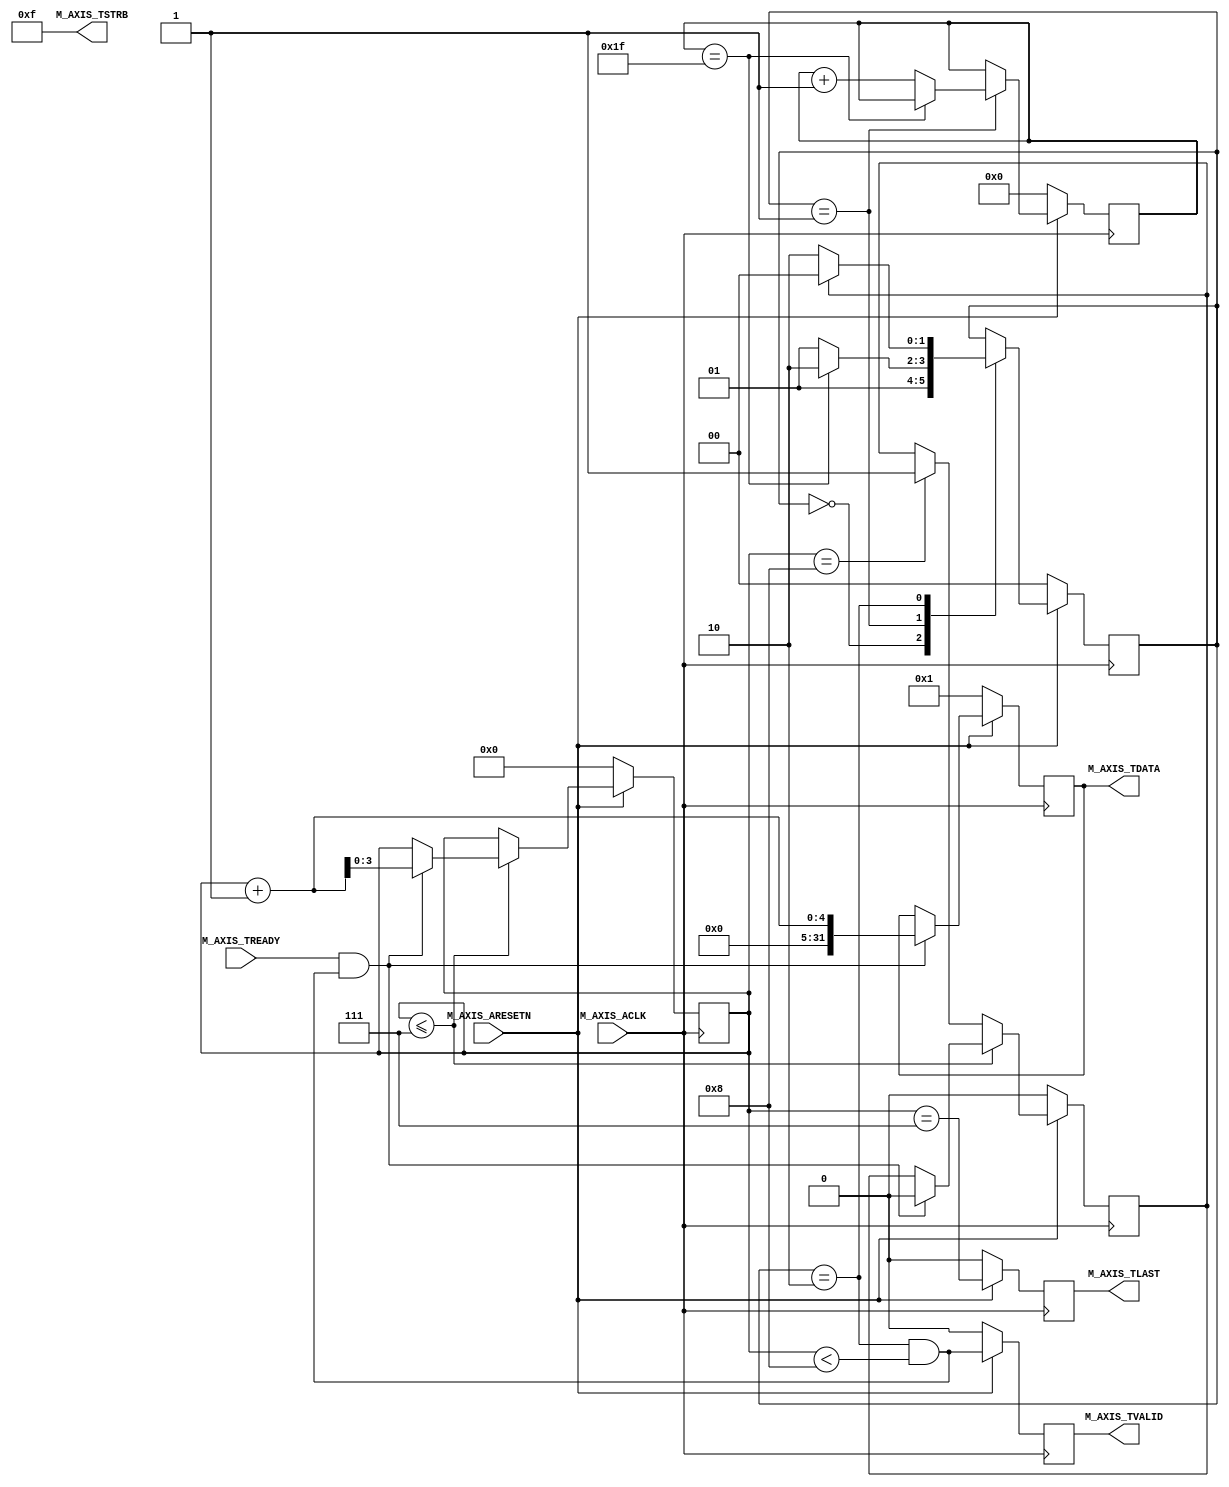

`timescale 1 ns / 1 ps

	module myip_v1_0_M00_AXIS #
	(
		// Users to add parameters here

		// User parameters ends
		// Do not modify the parameters beyond this line

		// Width of S_AXIS address bus. The slave accepts the read and write addresses of width C_M_AXIS_TDATA_WIDTH.
		parameter integer C_M_AXIS_TDATA_WIDTH	= 32,
		// Start count is the numeber of clock cycles the master will wait before initiating/issuing any transaction.
		parameter integer C_M_START_COUNT	= 32
	)
	(
		// Users to add ports here

		// User ports ends
		// Do not modify the ports beyond this line

		// Global ports
		input wire  M_AXIS_ACLK,
		// 
		input wire  M_AXIS_ARESETN,
		// Master Stream Ports. TVALID indicates that the master is driving a valid transfer, A transfer takes place when both TVALID and TREADY are asserted. 
		output wire  M_AXIS_TVALID,
		// TDATA is the primary payload that is used to provide the data that is passing across the interface from the master.
		output wire [C_M_AXIS_TDATA_WIDTH-1 : 0] M_AXIS_TDATA,
		// TSTRB is the byte qualifier that indicates whether the content of the associated byte of TDATA is processed as a data byte or a position byte.
		output wire [(C_M_AXIS_TDATA_WIDTH/8)-1 : 0] M_AXIS_TSTRB,
		// TLAST indicates the boundary of a packet.
		output wire  M_AXIS_TLAST,
		// TREADY indicates that the slave can accept a transfer in the current cycle.
		input wire  M_AXIS_TREADY
	);
	//Total number of output data.
	// Total number of output data                                                 
	localparam NUMBER_OF_OUTPUT_WORDS = 8;                                               
	                                                                                     
	// function called clogb2 that returns an integer which has the                      
	// value of the ceiling of the log base 2.                                           
	function integer clogb2 (input integer bit_depth);                                   
	  begin                                                                              
	    for(clogb2=0; bit_depth>0; clogb2=clogb2+1)                                      
	      bit_depth = bit_depth >> 1;                                                    
	  end                                                                                
	endfunction                                                                          
	                                                                                     
	// WAIT_COUNT_BITS is the width of the wait counter.                                 
	localparam integer WAIT_COUNT_BITS = clogb2(C_M_START_COUNT-1);                      
	                                                                                     
	// bit_num gives the minimum number of bits needed to address 'depth' size of FIFO.  
	localparam bit_num  = clogb2(NUMBER_OF_OUTPUT_WORDS);                                
	                                                                                     
	// Define the states of state machine                                                
	// The control state machine oversees the writing of input streaming data to the FIFO,
	// and outputs the streaming data from the FIFO                                      
	parameter [1:0] IDLE = 2'b00,        // This is the initial/idle state               
	                                                                                     
	                INIT_COUNTER  = 2'b01, // This state initializes the counter, ones   
	                                // the counter reaches C_M_START_COUNT count,        
	                                // the state machine changes state to INIT_WRITE     
	                SEND_STREAM   = 2'b10; // In this state the                          
	                                     // stream data is output through M_AXIS_TDATA   
	// State variable                                                                    
	reg [1:0] mst_exec_state;                                                            
	// Example design FIFO read pointer                                                  
	reg [bit_num-1:0] read_pointer;                                                      

	// AXI Stream internal signals
	//wait counter. The master waits for the user defined number of clock cycles before initiating a transfer.
	reg [WAIT_COUNT_BITS-1 : 0] 	count;
	//streaming data valid
	wire  	axis_tvalid;
	//streaming data valid delayed by one clock cycle
	reg  	axis_tvalid_delay;
	//Last of the streaming data 
	wire  	axis_tlast;
	//Last of the streaming data delayed by one clock cycle
	reg  	axis_tlast_delay;
	//FIFO implementation signals
	reg [C_M_AXIS_TDATA_WIDTH-1 : 0] 	stream_data_out;
	wire  	tx_en;
	//The master has issued all the streaming data stored in FIFO
	reg  	tx_done;


	// I/O Connections assignments

	assign M_AXIS_TVALID	= axis_tvalid_delay;
	assign M_AXIS_TDATA	= stream_data_out;
	assign M_AXIS_TLAST	= axis_tlast_delay;
	assign M_AXIS_TSTRB	= {(C_M_AXIS_TDATA_WIDTH/8){1'b1}};


	// Control state machine implementation                             
	always @(posedge M_AXIS_ACLK)                                             
	begin                                                                     
	  if (!M_AXIS_ARESETN)                                                    
	  // Synchronous reset (active low)                                       
	    begin                                                                 
	      mst_exec_state <= IDLE;                                             
	      count    <= 0;                                                      
	    end                                                                   
	  else                                                                    
	    case (mst_exec_state)                                                 
	      IDLE:                                                               
	        // The slave starts accepting tdata when                          
	        // there tvalid is asserted to mark the                           
	        // presence of valid streaming data                               
	        //if ( count == 0 )                                                 
	        //  begin                                                           
	            mst_exec_state  <= INIT_COUNTER;                              
	        //  end                                                             
	        //else                                                              
	        //  begin                                                           
	        //    mst_exec_state  <= IDLE;                                      
	        //  end                                                             
	                                                                          
	      INIT_COUNTER:                                                       
	        // The slave starts accepting tdata when                          
	        // there tvalid is asserted to mark the                           
	        // presence of valid streaming data                               
	        if ( count == C_M_START_COUNT - 1 )                               
	          begin                                                           
	            mst_exec_state  <= SEND_STREAM;                               
	          end                                                             
	        else                                                              
	          begin                                                           
	            count <= count + 1;                                           
	            mst_exec_state  <= INIT_COUNTER;                              
	          end                                                             
	                                                                          
	      SEND_STREAM:                                                        
	        // The example design streaming master functionality starts       
	        // when the master drives output tdata from the FIFO and the slave
	        // has finished storing the S_AXIS_TDATA                          
	        if (tx_done)                                                      
	          begin                                                           
	            mst_exec_state <= IDLE;                                       
	          end                                                             
	        else                                                              
	          begin                                                           
	            mst_exec_state <= SEND_STREAM;                                
	          end                                                             
	    endcase                                                               
	end                                                                       


	//tvalid generation
	//axis_tvalid is asserted when the control state machine's state is SEND_STREAM and
	//number of output streaming data is less than the NUMBER_OF_OUTPUT_WORDS.
	assign axis_tvalid = ((mst_exec_state == SEND_STREAM) && (read_pointer < NUMBER_OF_OUTPUT_WORDS));
	                                                                                               
	// AXI tlast generation                                                                        
	// axis_tlast is asserted number of output streaming data is NUMBER_OF_OUTPUT_WORDS-1          
	// (0 to NUMBER_OF_OUTPUT_WORDS-1)                                                             
	assign axis_tlast = (read_pointer == NUMBER_OF_OUTPUT_WORDS-1);                                
	                                                                                               
	                                                                                               
	// Delay the axis_tvalid and axis_tlast signal by one clock cycle                              
	// to match the latency of M_AXIS_TDATA                                                        
	always @(posedge M_AXIS_ACLK)                                                                  
	begin                                                                                          
	  if (!M_AXIS_ARESETN)                                                                         
	    begin                                                                                      
	      axis_tvalid_delay <= 1'b0;                                                               
	      axis_tlast_delay <= 1'b0;                                                                
	    end                                                                                        
	  else                                                                                         
	    begin                                                                                      
	      axis_tvalid_delay <= axis_tvalid;                                                        
	      axis_tlast_delay <= axis_tlast;                                                          
	    end                                                                                        
	end                                                                                            


	//read_pointer pointer

	always@(posedge M_AXIS_ACLK)                                               
	begin                                                                            
	  if(!M_AXIS_ARESETN)                                                            
	    begin                                                                        
	      read_pointer <= 0;                                                         
	      tx_done <= 1'b0;                                                           
	    end                                                                          
	  else                                                                           
	    if (read_pointer <= NUMBER_OF_OUTPUT_WORDS-1)                                
	      begin                                                                      
	        if (tx_en)                                                               
	          // read pointer is incremented after every read from the FIFO          
	          // when FIFO read signal is enabled.                                   
	          begin                                                                  
	            read_pointer <= read_pointer + 1;                                    
	            tx_done <= 1'b0;                                                     
	          end                                                                    
	      end                                                                        
	    else if (read_pointer == NUMBER_OF_OUTPUT_WORDS)                             
	      begin                                                                      
	        // tx_done is asserted when NUMBER_OF_OUTPUT_WORDS numbers of streaming data
	        // has been out.                                                         
	        tx_done <= 1'b1;                                                         
	      end                                                                        
	end                                                                              


	//FIFO read enable generation 

	assign tx_en = M_AXIS_TREADY && axis_tvalid;   
	                                                     
	    // Streaming output data is read from FIFO       
	    always @( posedge M_AXIS_ACLK )                  
	    begin                                            
	      if(!M_AXIS_ARESETN)                            
	        begin                                        
	          stream_data_out <= 1;                      
	        end                                          
	      else if (tx_en)// && M_AXIS_TSTRB[byte_index]  
	        begin                                        
	          stream_data_out <= read_pointer + 32'b1;   
	        end                                          
	    end                                              

	// Add user logic here

	// User logic ends

	endmodule